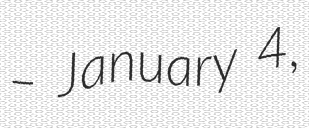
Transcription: – January 4,